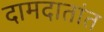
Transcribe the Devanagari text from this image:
दामदातांत